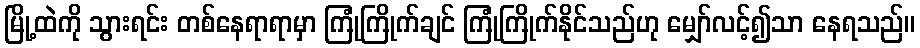
မြို့ထဲကို သွားရင်း တစ်နေရာရာမှာ ကြုံကြိုက်ချင် ကြုံကြိုက်နိုင်သည်ဟု မျှော်လင့်၍သာ နေရသည်။